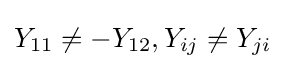
Y_{11}\neq -Y_{12},Y_{ij}\neq Y_{ji}